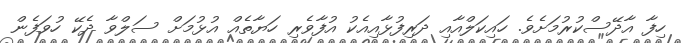
ހިފާ އާދޭސްކުރުމަށެވެ. ހައިކަލްއާއި ދަރިފުޅާއިއެކު އުފާވެރި ހަޔާތެއް އުޅުމަށް ސަލްވާ ދެކޭ ހުވަފެން